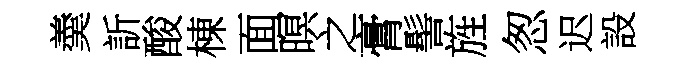
羮訢酸棟面暝之膏髻旌怱迟設